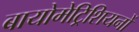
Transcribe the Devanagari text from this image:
बायोमेट्रिशियनों